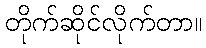
တိုက်ဆိုင်လိုက်တာ။